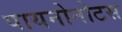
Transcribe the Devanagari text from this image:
पायनोनोटस